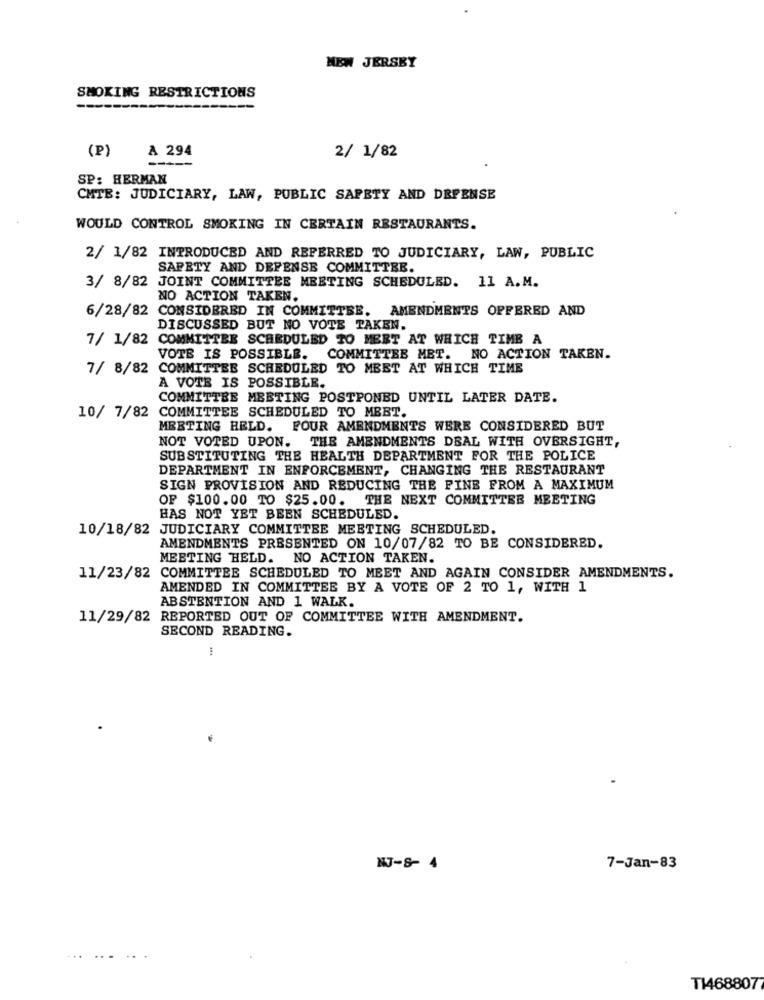
NEW JERSEY
SMOKING RESTRICTIONS
(P)
A 294
2/ 1/82
SP: HERMAN
CMTE: JUDICIARY, LAW, PUBLIC SAFETY AND DEFENSE
WOULD CONTROL SMOKING IN CERTAIN RESTAURANTS.
2/ 1/82 INTRODUCED AND REFERRED TO JUDICIARY, LAW, PUBLIC
SAFETY AND DEFENSE COMMITTEE.
3/ 8/82 JOINT COMMITTEE MEETING SCHEDULED. 11 A.M.
NO ACTION TAKEN.
6/28/82
CONSIDERED IN COMMITTEE. AMENDMENTS OFFERED AND
DISCUSSED BUT NO VOTE TAKEN.
7/ 1/82 COMMITTEE SCHEDULED TO MEET AT WHICH TIMB A
VOTE IS POSSIBLE.
COMMITTEE MET. NO ACTION TAKEN.
7/ 8/82 COMMITTEE SCHEDULED TO MEET AT WHICH TIME
A VOTE IS POSSIBLE.
COMMITTEE MEETING POSTPONED UNTIL LATER DATE.
10/ 7/82 COMMITTEE SCHEDULED TO MEET.
MEETING HELD. FOUR AMENDMENTS WERE CONSIDERED BUT
NOT VOTED UPON. THE AMENDMENTS DEAL WITH OVERSIGHT,
SUBSTITUTING THE HEALTH DEPARTMENT FOR THE POLICE
DEPARTMENT IN ENFORCEMENT, CHANGING THE RESTAURANT
SIGN PROVISION AND REDUCING THE FINE FROM A MAXIMUM
OF $100.00 TO $25.00. THE NEXT COMMITTEE MEETING
HAS NOT YET BEEN SCHEDULED.
10/18/82 JUDICIARY COMMITTEE MEETING SCHEDULED.
AMENDMENTS PRESENTED ON 10/07/82 TO BE CONSIDERED.
MEETING HELD. NO ACTION TAKEN.
11/23/82 COMMITTEE SCHEDULED TO MEET AND AGAIN CONSIDER AMENDMENTS.
AMENDED IN COMMITTEE BY A VOTE OF 2 TO 1, WITH 1
ABSTENTION AND 1 WALK.
11/29/82 REPORTED OUT OF COMMITTEE WITH AMENDMENT.
SECOND READING.
NJ-8- 4
7-Jan-83
T1468807